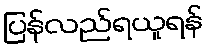
ပြန်လည်ရယူရန်